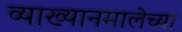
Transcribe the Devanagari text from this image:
व्याख्यानमालेच्या